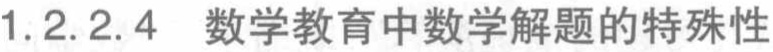
1.2.2.4 数学教育中数学解题的特殊性